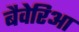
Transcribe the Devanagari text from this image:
बैवेरिआ